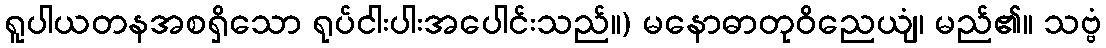
ရူပါယတနအစရှိသော ရုပ်ငါးပါးအပေါင်းသည်။) မနောဓာတုဝိညေယျံ၊ မည်၏။ သဗ္ဗံ